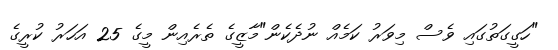
"ހަގީގަތުގައި ވެސް މިވަރު ކަމެއް ނުދެކެން"މާޒީގެ ތެރެއިން މީގެ 25 އަހަރު ކުރީގެ